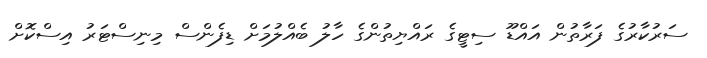
ސަރުކާރުގެ ފަރާތުން އައްޑޫ ސިޓީގެ ރައްޔިތުންގެ ހާލު ބެއްލުމަށް ޑިފެންސް މިނިސްޓަރު އިސްކޮށް